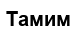
Тамим